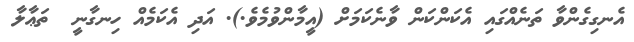
އެނގިގެންވާ ތަނެއްގައި އެކަންކަން ވާނެކަމަށް (އީމާންވުމެވެ.). އަދި އެކަމެއް ހިނގާނީ  ތަޢާލާ